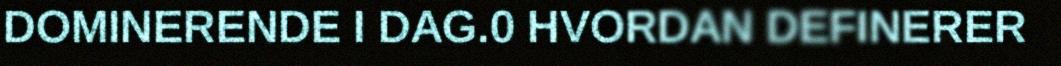
DOMINERENDE I DAG.0 HVORDAN DEFINERER